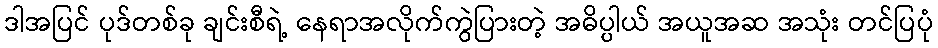
ဒါအပြင် ပုဒ်တစ်ခု ချင်းစီရဲ့ နေရာအလိုက်ကွဲပြားတဲ့ အဓိပ္ပါယ် အယူအဆ အသုံး တင်ပြပုံ